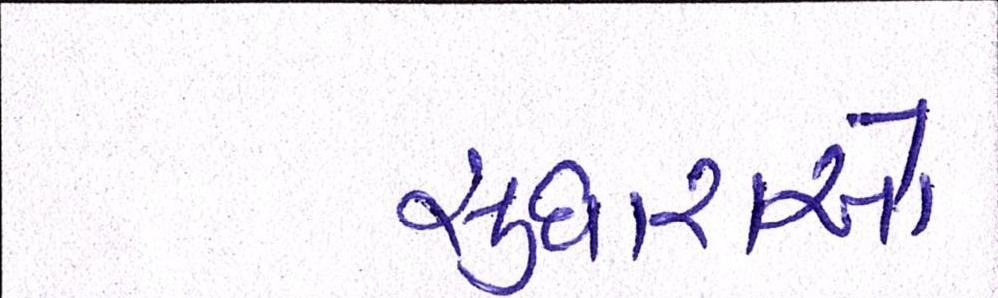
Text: સુધારાઓ